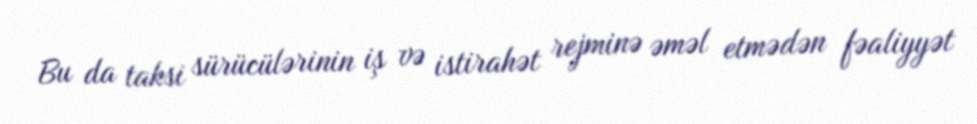
Bu da taksi sürücülərinin iş və istirahət rejminə əməl etmədən fəaliyyət